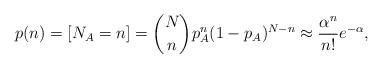
LaTeX: \begin{align*}p ( n ) = [ N_A = n ] = { N \choose n } p_A^n ( 1 - p_A )^{N - n } \approx \frac{\alpha^n}{n!}e^{-\alpha},\end{align*}